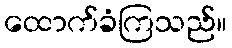
ထောက်ခံကြသည်။